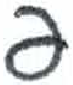
אות: פ